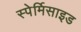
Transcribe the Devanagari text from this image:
स्पेर्मिसाइड